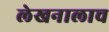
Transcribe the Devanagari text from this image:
लेखनालाच